King Institute of Preventive Medicine Micro-Biological Section reports 1909-11
Year: 1909
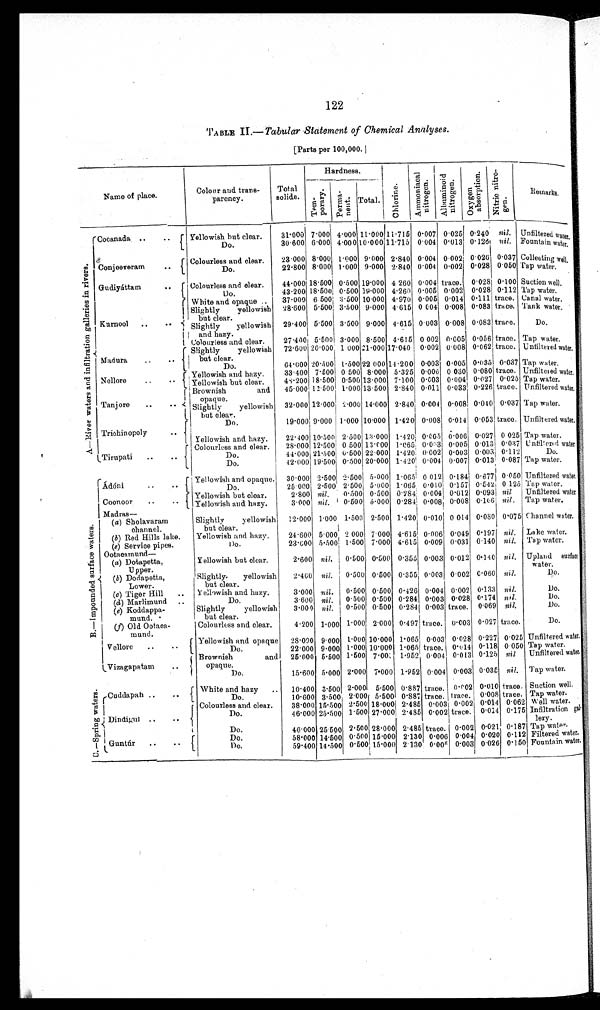
122
TABLE II.— Tabular Statement of Chemical Analyses.
[Parts per 100,000.]
Name of place.
Colour and trans
parency.
Total
solids.
Hardness.
Chlorine
A m m o n i a c a l n i t r o g e n
A l b u m i n o i d n i t r o g e n
O x y g e n a b s o r p t i o n
N i t r i c n i t r o g e n
Remarks.
Te mpor a r y.
Permanent
Total.
A—Ri ver wat ers and i nfi l t rat i on gal l eri es i n ri vers.
Cocanada
Yellowish but clear.
31·000 7·000 4·000 11·000 11·715 0·007 0·025 0·240 nil. Unfiltered water.
Do.
30·600 6·000
4·000 10·000 11·715 0·004 0·013 0·126 nil. Fountain water.
Conjeeveram
Colourless and clear.
23·000 8·000 1·000 9·000 2·840 0·004 0·002 0·026 0·037 Collecting well
Do.
22·800 8·000 1·000 9·000 2·840 0·004 0·002 0·028 0·050 Tap water.
Gudiyáttam
Colourless and clear.
44·000 18·500 0·500 19·000 4·260 0·004 trace. 0·028 0·100 Suction well.
Do.
43·200 18·500 0·500 19·000 4·260 0·005 0·002 0·028 0·112 Tap water.
Kurnool
White and opaque
37·000 6·500 3·500 10·000 4·970 0·005 0·014 0·111 trace. Canal water.
Slightly yellowish
but clear.
28·600 5·500 3·500 9·000 4·615 0 004 0·008 0·083 trace. Tank water.
Slightly yellowish
and hazy.
29·400 5·500 3·500 9·000 4·615 0·003 0·008 0·083 trace.
Do.
Colourless and clear.
27·400 5·500 3·000 8·500 4·615 0·002 0·005 0·056 trace. Tap water.
Madura
Slightly yellowish
but clear.
72·600 20·000 1·000 21·000 17·040 0·002 0·008 0·062 trace. Unfiltered water.
Do.
64·000 20·500 1·500 22·000 14·200 0·003 0·005 0·035 0·037 Tap water.
Nellore
Yellowish and hazy
33·400 7·500 0·500 8·000 5·325 0·006 0·030 0·080 trace. Unfiltered water.
Yellowish but clear.
48·200 18·500 0·500 13·000 7·100 0·003 0·004 0·027 0·025 Tap water.
Tanj or e
Brownish and
opaque.
45·000 12·500 1·000 13·500 2·840 0·011 0·033 0·226 trace. Unfiltered water.
Slightly yellowish
but clear.
32·000 12·000 2·000 14·000 2·840 0·004 0·008 0·040 0·037 Tap water.
Trichinopoly
Do.
19·000 9·000 1·000 10·000 1·420 0·008 0·014 0·053 trace. Unfiltered water.
Yellowish and hazy.
22·400 10·500 2·500 13·000 1·420 0·.005 0·006 0·027 0·025 Tap water.
Tirupati
Colourless and clear.
28·000 12·500 0·500 13·000 1·065 0·003 0·005 0·013 0·037 Unfiltered water
Do.
44·000 21·500 0·500 22·000 1·420 0·002 0·003 0·003 0·112
Do.
Do.
42·000 19·500 0·500 20·000 1·420 0·004 0·007 0·013 0·087 Tap water.
B.—Impounded surface waters.
Ádóni
Yellowish and opaque.
30·000 2·500 2·500 5·000 1·065 0·012 0·18
4
0 · 6 7 7 0·050 Unfiltered water.
Do.
25·000 2·500 2·500 5·000 1·065 0·010 0·157 0·542 0·125 Tap water.
Coonoor
Yellowish but clear.
2·800 nil.
0·500 0·500 0·284 0·004 0·012 0·093 nil
Unfiltered water
Yellowish and hazy.
3·000 nil.
0·500 5·000 0·284 0·008 0·008 0·106 nil. Tap water.
Madras—
(a) Sholavaram
channel.
Slightly yellowish
but clear.
12·000 1·000 1·500 2·500 1·420 0·010 0·014 0·080 0·075 Channel water.
(b) Red Hills lake.
Yellowish and hazy.
24·600 5·000 2·000 7·000 4·615 0·006 0·049 0·197 nil. Lake water.
(e) Service pipes.
Do.
23·600 5·500 1·500
7·000
4·615 0·009 0·031 0·140 nil. Tap water.
Ootacamund—
(a) Dotapetta,
Upper.
Yellowish but clear.
2·600 nil.
0·500 0·500 0·355 0·003 0·012 0·140 nil. Upland surface
water.
(b) Dodapetta,
Lower.
Slightly yellowish
but clear.
2·400 nil.
0·500 0·500 0·355 0·003 0·002 0·060 nil.
Do.
(c) Tiger Hill
Yellowish and hazy.
3·000 nil .
0·500 0·500 0·426 0·004 0·002 0·133 nil.
Do.
(d) Marlimund
Do.
3·600 nil. 0·500 0·500 0·284 0·003 0·028 0·174 nil.
Do.
(e)
Koddappa
mund.
Slightly yellowish
but clear.
3·000 nil.
0·500 0·500 0·284 0·003 trace. 0·069 nil.
Do.
(f) Old Ootaca
mund.
Colourless and clear.
4·200 1·000 1·000 2·000 0·497 trace. 0·003 0·027 trace.
Do.
Vellore
Yellowish and opaque
28·090 9·000 1·000 10·000 1·065 0·003 0·028 0·227 0·025 Unfiltered water,
Do.
22·000 9·000 1·000 10·000 1·065 trace. 0·014 0·118 0·050 Tap water.
Vizagapatam
Brownish and
opaque.
25·000 5·500 1·500 7·00
1·952 0·004 0·013 0·125 nil
Unfiltered water.
Do.
15·600 5·000 2·000 7·000 1·952 0·004 0·003 0·035 nil. Tap water.
C.—Spring waters.
Cuddapah
White and hazy
10·400 3·500 2·000 5·500 0·887 trace. 0·002 0·010 trace Suction well.
Do.
10·600 3·500 2·000 5·500 0·887 trace. trace. 0·008 trace. Tap water.
D i n d i g u l
Colourless and clear.
38·000 15·500 2·500 18·000 2·485 0·003 0·002 0·014 0·062 Well water.
Do.
46·000 25·500 1·500 27·000 2·485 0·002 trace. 0·014 0·175 Infiltration gal
lery.
Do.
46·000 25·500 2·500 28·000 2·485 trace. 0·002 0·021 0·187 Tap water.
Guntúr
Do.
58·000 14·500 0·500 15·000 2·130 0·006 0·004 0·020 0·112 Filtered water.
Do.
59·400 14·500 0·500 15·000 2·130 0·00 0·003 0·026 0·150 Fountain water